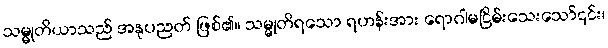
သမ္မုတိယာသည် အနုပညတ် ဖြစ်၏။ သမ္မုတိရသော ရဟန်းအား ရောဂါမငြိမ်းသေးသော်၎င်း၊